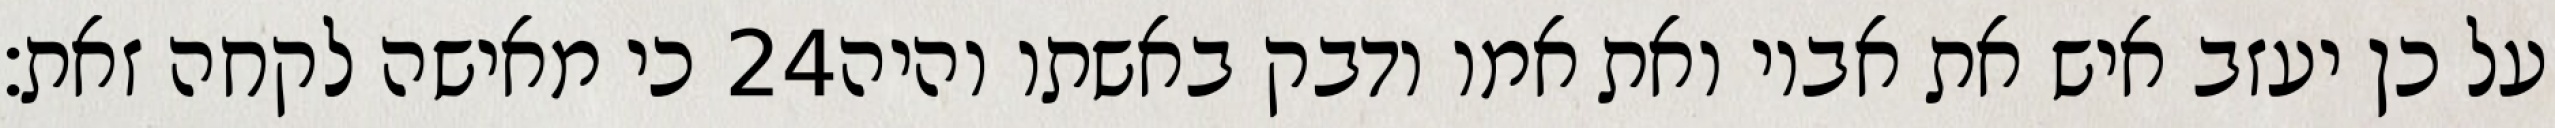
כי מאישה לקחה זאת׃ ‎24‏ על כן יעזב איש את אביו ואת אמו ודבק באשתו והיה